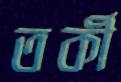
তর্কী